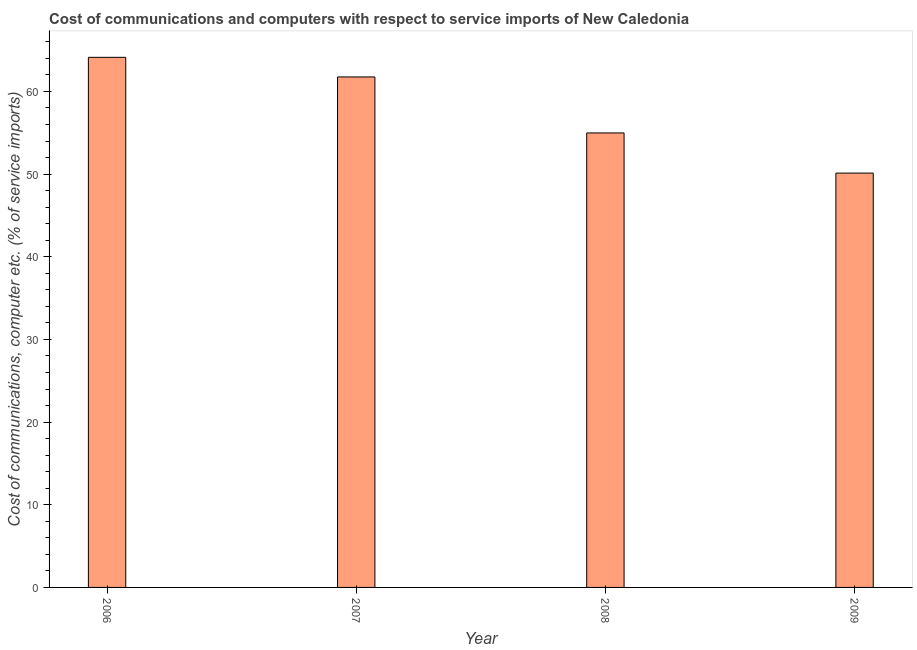
| Year | Communications |
 | --- | --- |
 | 2006 | 64.1 |
 | 2007 | 61.7 |
 | 2008 | 55 |
 | 2009 | 50.1 |